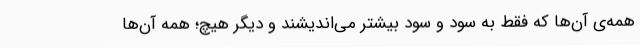
همه‌ی آن‌ها که فقط به سود و سود بیشتر می‌اندیشند و دیگر هیچ؛ همه آن‌ها